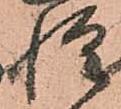
惶